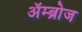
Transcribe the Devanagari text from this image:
अॅम्ब्रोज